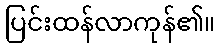
ပြင်းထန်လာကုန်၏။